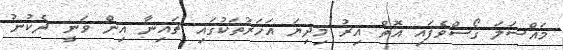
މައްސަލަ ގޯސްވެފައި އޮތް އިރު މިދިޔަ އަހަރުތަކުގައި ޗައިނާ އިން ވަނީ ދެކުނު